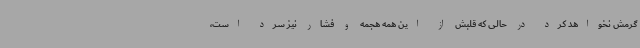
گرمش نخواهد کرد در حالی که قلبش از این همه هجمه و فشار نیز سرد است،